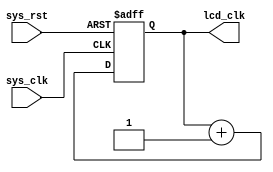
`timescale 1ns / 1ps
//////////////////////////////////////////////////////////////////////////////////
// Company:
// Engineer:
//
// Design Name:
// Module Name: clk_generator
// Project Name:
// Target Devices:
// Tool Versions:
// Description:
//
// Dependencies:
//
// Revision:
// Revision 0.01 - File Created
// Additional Comments:
//
//////////////////////////////////////////////////////////////////////////////////


module clk_generator(input sys_clk,
                     input sys_rst,
                     output reg lcd_clk);
    reg clk_25hz;
    
    // always @(*) begin
    //     case (lcd_model)
    //         16'h4342:lcd_clk <= clk_12_5hz;
    //         16'h7084:lcd_clk <= clk_25hz;
    //         16'h7016:lcd_clk <= sys_clk;
    //         16'h4384:lcd_clk <= clk_25hz;
    //         16'h1018:lcd_clk <= sys_clk;
    //     endcase
    // end
    
    always @(*) begin
        lcd_clk <= clk_25hz;
    end
    always @(posedge sys_clk or negedge sys_rst) begin
        if (!sys_rst)begin
            clk_25hz <= 0;
        end
        else begin
            clk_25hz <= clk_25hz +1;
        end
    end
endmodule